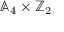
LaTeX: \mathbb { A } _ { 4 } \times \mathbb { Z } _ { 2 }